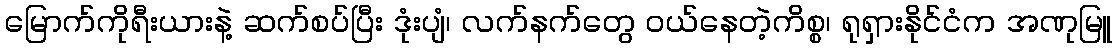
မြောက်ကိုရီးယားနဲ့ ဆက်စပ်ပြီး ဒုံးပျံ၊ လက်နက်တွေ ဝယ်နေတဲ့ကိစ္စ၊ ရုရှားနိုင်ငံက အဏုမြူ